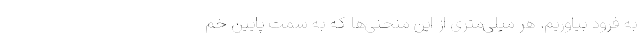
به فرود بیاوریم. هر میلی‌متری از این منحنی‌ها که به سمت پایین خم